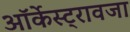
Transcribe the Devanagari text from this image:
ऑर्केस्ट्रावजा